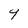
Character: 9